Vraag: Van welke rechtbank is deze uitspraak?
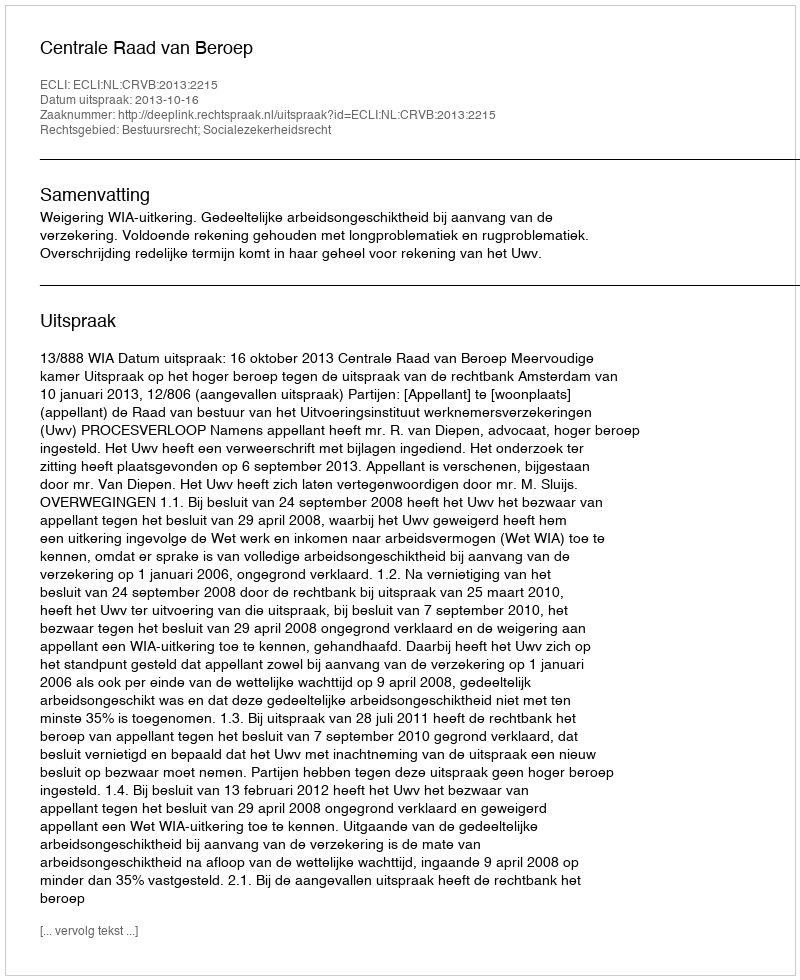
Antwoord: Centrale Raad van Beroep